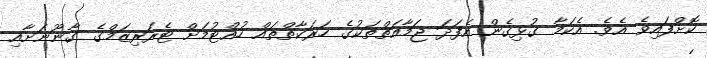
ކޮށްފައިވެ އެވެ. އެކަމާ ގުޅިގެން އެފަދަ ޖަމާއަތްތަކުގެ ހަރަކާތްތައް ހުއްޓުމަށް ޓެރަރިޒަމްގެ ގާނޫނަށާއި